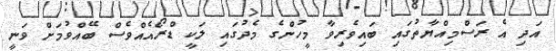
އަދި އެ ރަސްމިއްޔާތުގައި ބައިވެރިވާ މީހުންގެ މެދުގައި ލަކީ ޑްރޯއެއްވެސް ބޭއްވުމަށް ވަނީ